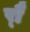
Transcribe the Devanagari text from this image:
र्‍ाै